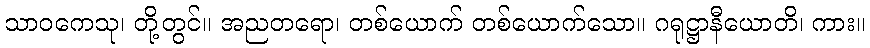
သာဝကေသု၊ တို့တွင်။ အညတရော၊ တစ်ယောက် တစ်ယောက်သော။ ဂရုဋ္ဌာနီယောတိ၊ ကား။